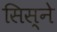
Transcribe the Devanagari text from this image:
सिस्ने